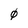
Character: 0